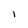
Character: i